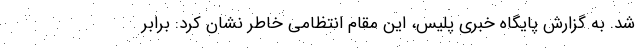
شد. به گزارش پایگاه خبری پلیس، این مقام انتظامی خاطر نشان کرد: برابر